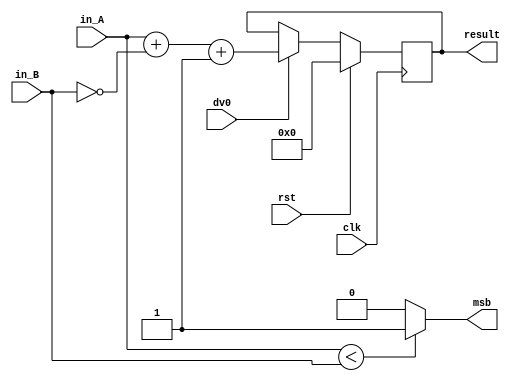
module subtractor (clk, rst, dv0, in_A, in_B, msb , result);
	input clk;
	input rst;
	input dv0;
	input [15:0] in_A;
	input [15:0] in_B;

	output reg msb = 0;
	output reg [15:0] result = 0;

	always @(negedge clk) begin
		if(rst) begin 
			result = 0;
		end
		else 
			if(dv0) begin
				result = in_A + (~in_B) + 1; // a A le resta el complemento de B + 1 (Complemento a dos).
			end 
			else
				result = result;
	end

	always@(*) begin
		if(in_A < in_B)
			msb = 1;
		else
			msb = 0;
	end
endmodule